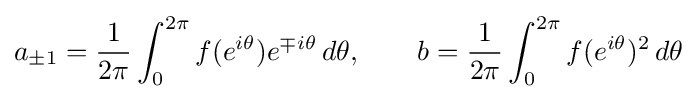
a_{\pm 1}={1 \over 2\pi }\int _{0}^{2\pi }f(e^{i\theta })e^{\mp i\theta }\,d\theta ,\qquad b={1 \over 2\pi }\int _{0}^{2\pi }f(e^{i\theta })^{2}\,d\theta